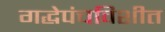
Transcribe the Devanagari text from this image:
गद्धेपंचविशीत